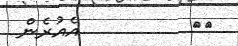
١٦         އެއުރެން